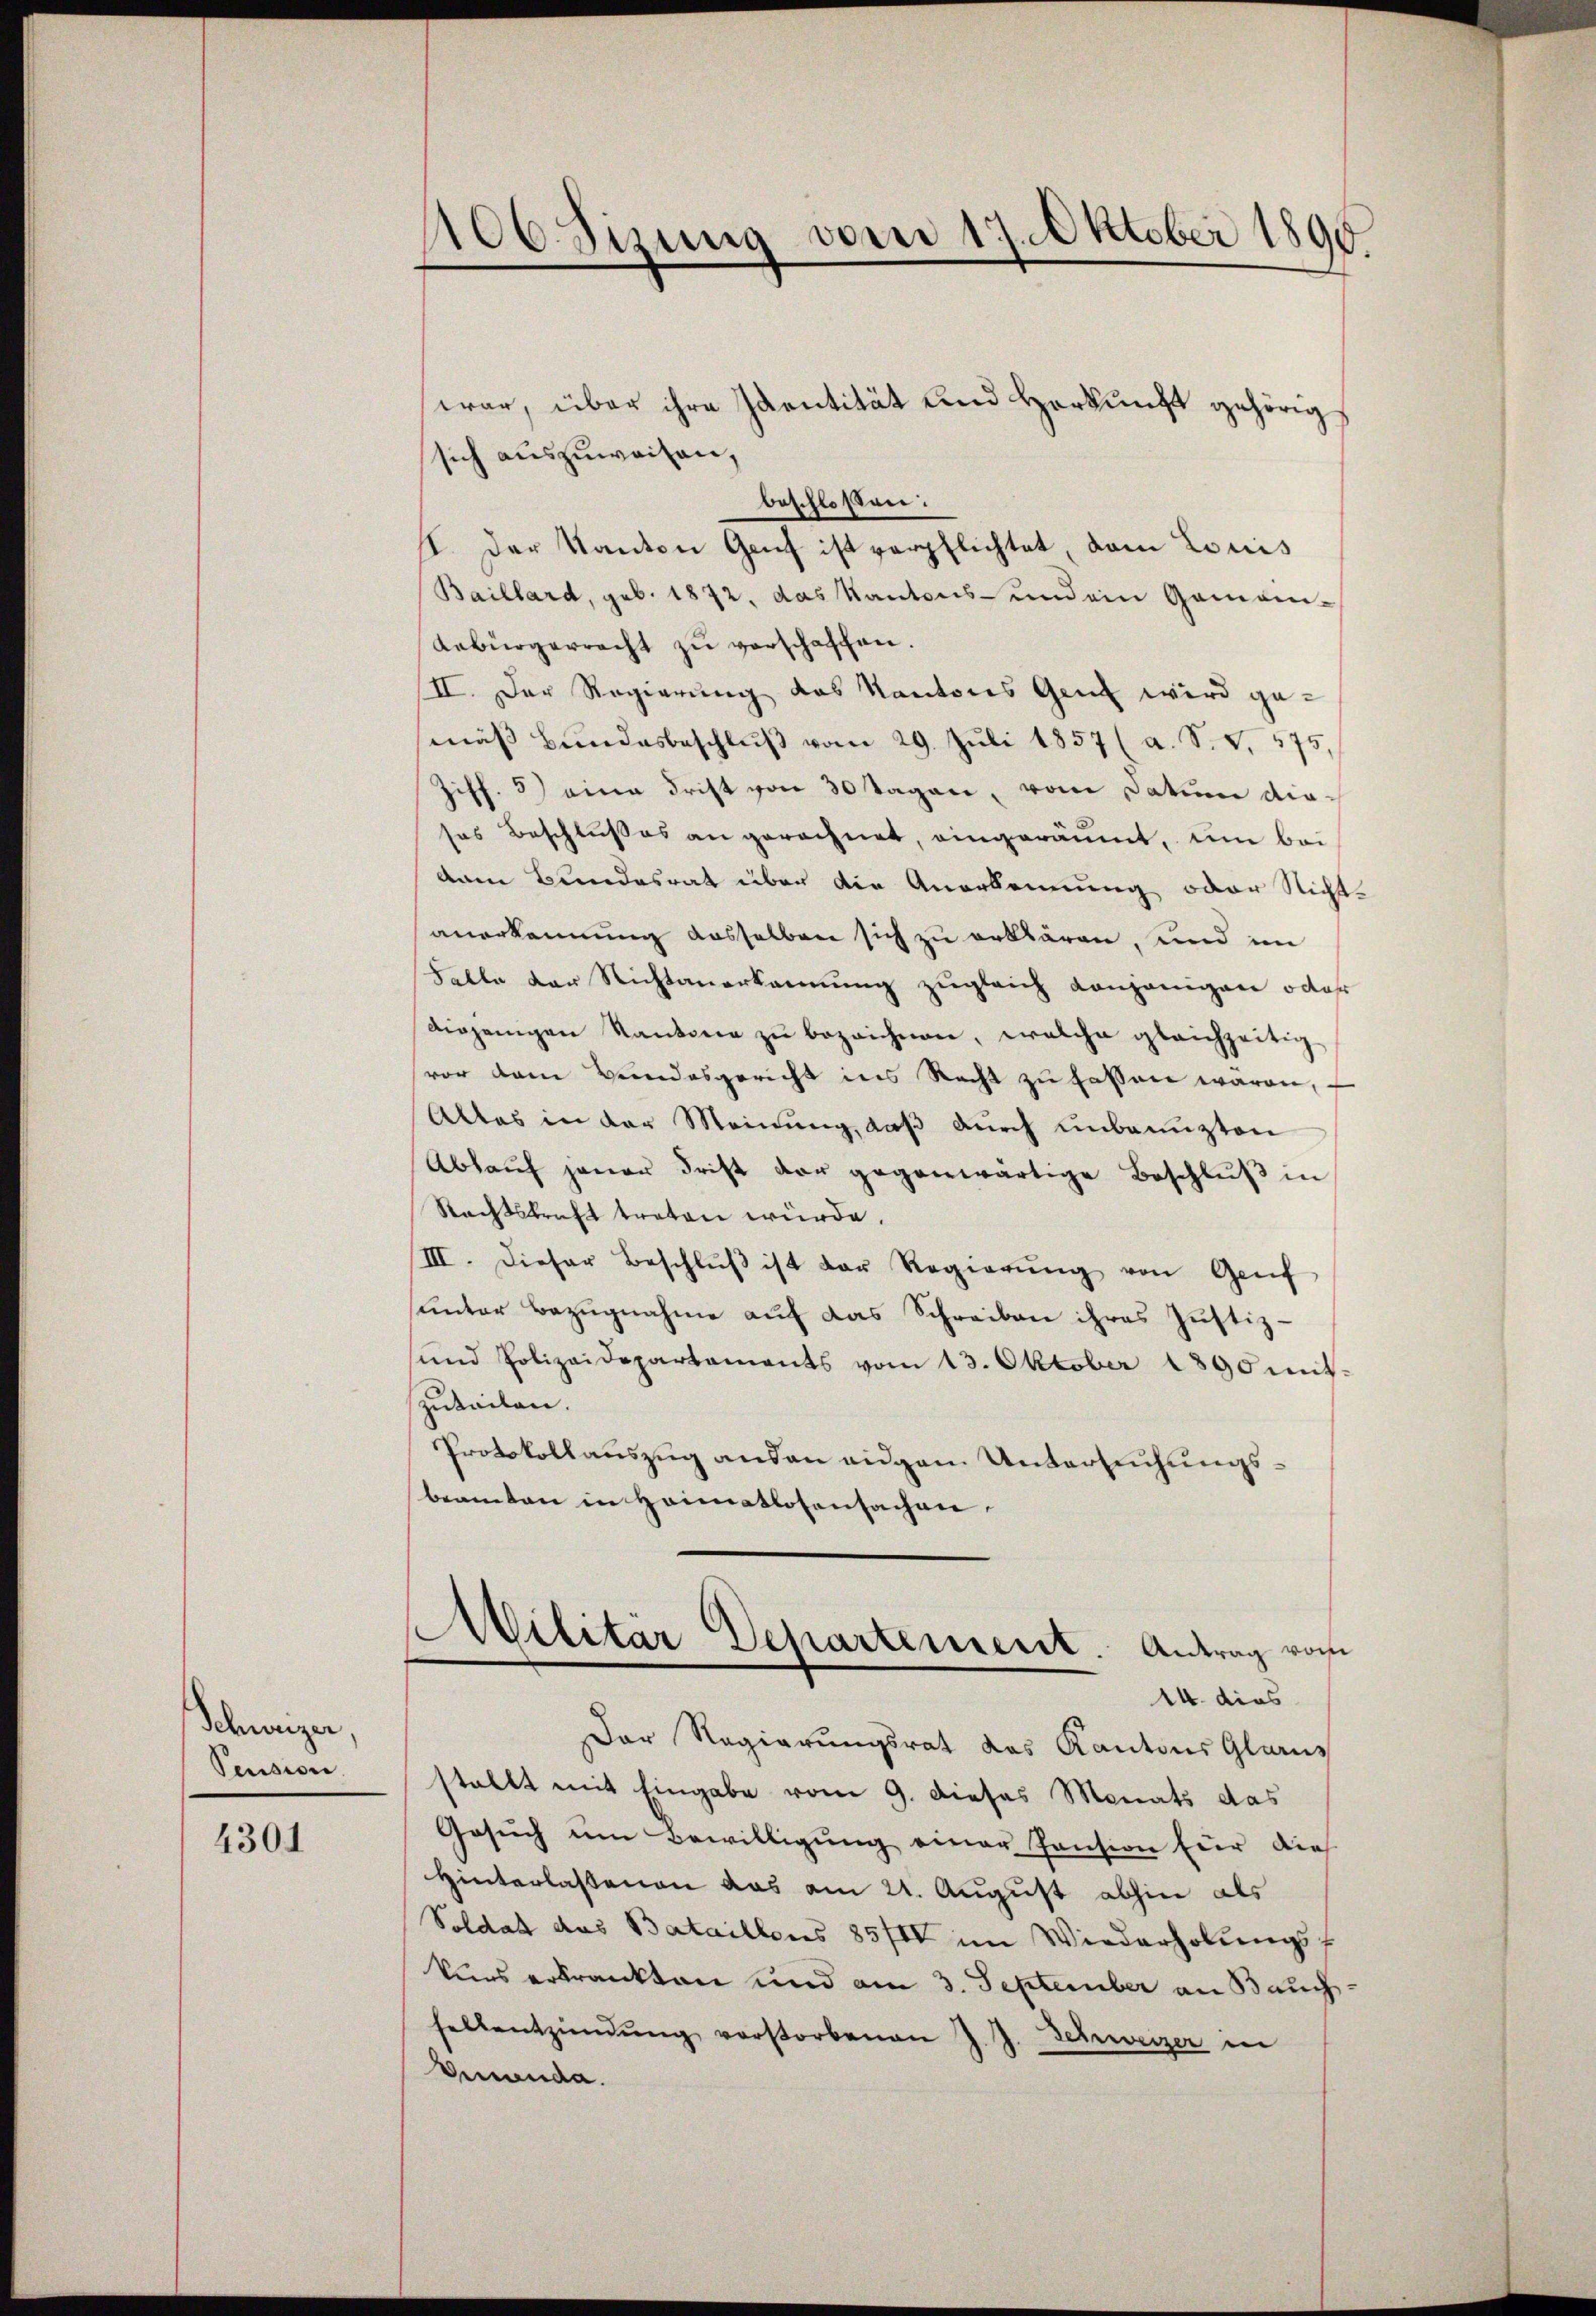
Schweizer,
Pension
4301

106 sizung vom 17. Oktober 1890

war, über ihre Identität und Herkunft gehörig
sich auszuweisen,
beschloßen:
II. Der Kanton Genf ist verpflichtet, dem Louis
Baillard, geb. 1872, das Kantons- und ein Gemein-
Aebürgerrecht zu verschaffen.
II. Der Regierung des Kantons Gant wird gemäß Bundesbeschlŭβ vom 29. Juli 1857 (a. S. v. 175,
Ziff. 5) eine Frist von 30 Tagen, vom Datum die-
ses Beschlußes an gerechnet, eingeräumt, um bei
vam Bundesrat über die Anerkennung oder Nichtanerkennung ausselben sich zu erklären, und im
Falle der Nichtanerkannung zugleich Konjenigen oder
diejenigen Kantone zŭ bezeichnen, welche gleichzeitig
vor dem Bundesgericht ins Recht zu fassen waren,
Alles in der Meinung, daß durch unbenuzten
Ablaŭf jener Frist der gegenwärtige Beschlŭβ in
Rechtskraft treten würde.
III. Dieser Beschlŭβ ist der Regierŭng von Genf
unter Bezugnahme auf das Schreiben ihres Justiz-
und Polizeidepartements vom 13. Oktober 1890 mit-
zuteilen.
Protokollauszug ausen eigen Untersuchungsbeamten in Heimatlosensachen
Militar Departement. Antrag vom
14. dies
Der Regierungsrat das Kantons Glarus
stallt mit Eingabe vom 9. dieses Monats das
Gesŭch um Bewilligŭng einer Pension für dies
Hinterlassenen das am 21. August abhin als
Soldat das Bataillons 85IIV im Wiederholungsf
kurs erkrankten und am 3. September an Bauchsellentzündŭng vorstorbenen J. J. Schweizer in
Ammanda.